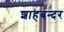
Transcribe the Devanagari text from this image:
शाहबन्दर